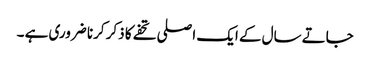
جاتے سال کے ایک اصلی تحفے کا ذکر کرنا ضروری ہے ۔